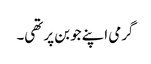
گرمی اپنے جوبن پر تھی۔